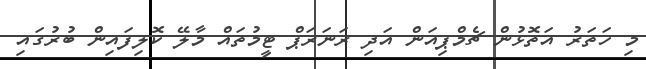
މި ހަތަރު އަތޮޅުން ޗެމްޕިއަން އަދި ރަނަރަޕް ޓީމުތައް މާލޭ ކޮލިފައިން ބުރުގައި